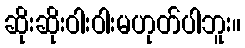
ဆိုးဆိုးဝါးဝါးမဟုတ်ပါဘူး။